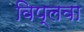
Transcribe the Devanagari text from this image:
विप्लवा